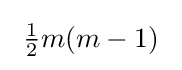
\ {\tfrac {1}{2}}m(m-1)\